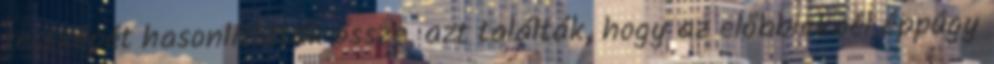
testképét hasonlították össze, azt találták, hogy az előbbieknél éppúgy